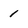
Character: 1